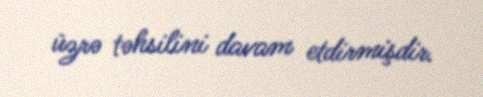
üzrə təhsilini davam etdirmişdir.